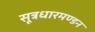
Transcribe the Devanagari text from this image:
सूत्रधारमण्डन